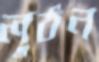
লুঠন